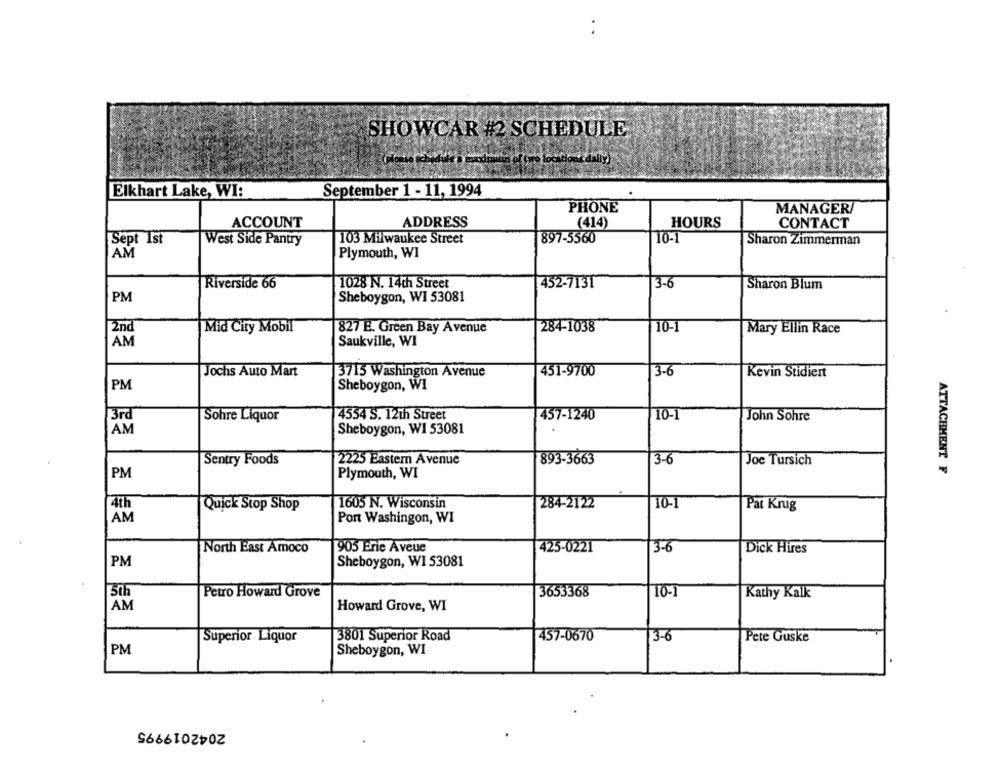
SHOWCAR #2 SCHEDULE
Elkhart Lake, WI:
September 1 - 11, 1994
PHONE
MANAGER/
ACCOUNT
ADDRESS
(414)
HOURS
CONTACT
Sept 1st
West Side Pantry
103 Milwaukee Street
897-5560
10-1
Sharon Zimmerman
AM
Plymouth, WI
Riverside 66
1028 N. 14th Street
452-7131
3-6
Sharon Blum
PM
Sheboygon, WI 53081
2nd
Mid City Mobil
827 E. Green Bay Avenue
284-1038
10-1
Mary Ellin Race
AM
Saukville, WI
Jochs Auto Mart
3715 Washington Avenue
451-9700
3-€
Kevin Stidiert
PM
Sheboygon, WI
3rd
Sohre Liquor
4534 S. 12th Street
457-1240
10-1
John Sohre
AM
Sheboygon, W1 53081
Sentry Foods
2225 Eastern Avenue
893-3663
3-6
Joe Tursich
ATTACHMENT F
PM
Plymouth, WI
284-2122
4th
Quick Stop Shop
1605 N. Wisconsin
10-1
Pat Krug
AM
Port Washingon, WI
North East Amoco
905 Erie Aveue
425-0221
3.6
Dick Hires
PM
Sheboygon, W1 53081
5th
Petro Howard Grove
3653368
TO-1
Kathy Kalk
AM
Howard Grove, WI
Superior Liquor
3801 Superior Road
457-0670
3-6
Pete Guske
PM
Sheboygon, WI
2042019995